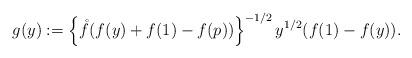
LaTeX: \begin{align*}g(y):=\left\{ \mathring{f}(f(y)+f(1)-f(p))\right\}^{-1/2} y^{1/2}(f(1)-f(y)).\end{align*}